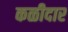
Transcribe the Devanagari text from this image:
कळीदार